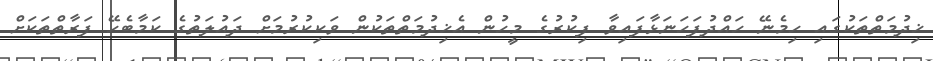
ޚިދުމަތްތަކުގައި ހިމެނޭ ހައްދުފަހަނަޅާފައިވާ ފިކުރުގެ މީހުން އެޚިދުމަތްތަކުން ވަކިކުރުމަށް ދައުލަތުގެ ކަމާބެހޭ ފަރާތްތަކަށް